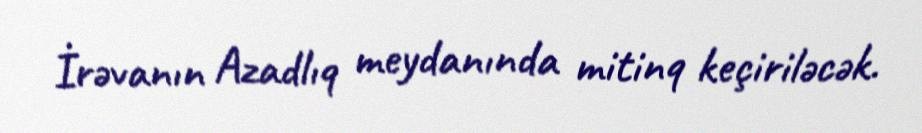
İrəvanın Azadlıq meydanında mitinq keçiriləcək.